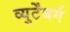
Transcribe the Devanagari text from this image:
व्युर्टेंबर्ग